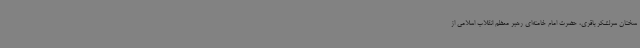
سخنان سرلشکر باقری، حضرت امام خامنه‌ای رهبر معظم انقلاب اسلامی از